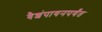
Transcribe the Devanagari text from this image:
वैशंपायनपर्यंत